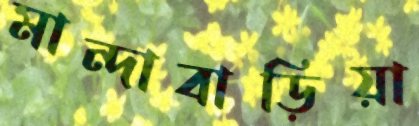
মান্দাবাড়িয়া